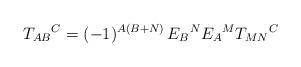
LaTeX: \begin{align*}T_{AB}{}^C = (-1)^{A(B+N)} \, E_B{}^N E_A{}^M T_{MN}{}^C\end{align*}